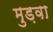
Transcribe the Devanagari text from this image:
मुड़वा